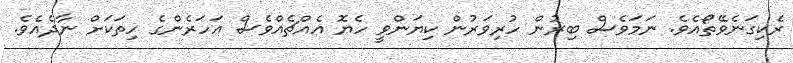
ރެކިގަނެވޭތޯއެވެ. ނަމަވެސް ބިރުން ހުރިވަރުން ކިޔަންވީ ހެޔޮ އެއްޗެއްވެސް އަހަރެންގެ ހިތަކަށް ނާދެއެވެ.